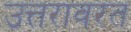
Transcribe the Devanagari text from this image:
उत्तरावरत